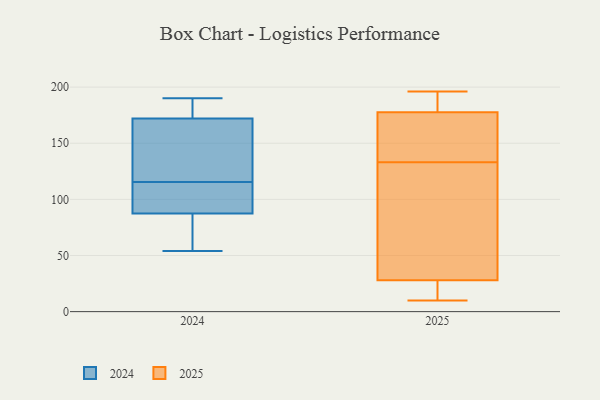
{"axis": {"x": "Budget (USD K)", "y": "Value"}, "legend": ["2024", "2025"], "data": [{"x": "", "y": 190, "type": "2024"}, {"x": "", "y": 95, "type": "2024"}, {"x": "", "y": 84, "type": "2024"}, {"x": "", "y": 128, "type": "2024"}, {"x": "", "y": 103, "type": "2024"}, {"x": "", "y": 180, "type": "2024"}, {"x": "", "y": 72, "type": "2024"}, {"x": "", "y": 181, "type": "2024"}, {"x": "", "y": 164, "type": "2024"}, {"x": "", "y": 91, "type": "2024"}, {"x": "", "y": 54, "type": "2024"}, {"x": "", "y": 140, "type": "2024"}, {"x": "", "y": 10, "type": "2025"}, {"x": "", "y": 189, "type": "2025"}, {"x": "", "y": 93, "type": "2025"}, {"x": "", "y": 179, "type": "2025"}, {"x": "", "y": 31, "type": "2025"}, {"x": "", "y": 122, "type": "2025"}, {"x": "", "y": 175, "type": "2025"}, {"x": "", "y": 170, "type": "2025"}, {"x": "", "y": 133, "type": "2025"}, {"x": "", "y": 196, "type": "2025"}, {"x": "", "y": 17, "type": "2025"}, {"x": "", "y": 19, "type": "2025"}, {"x": "", "y": 177, "type": "2025"}]}